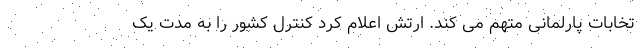
تخابات پارلمانی متهم می کند. ارتش اعلام کرد کنترل کشور را به مدت یک